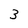
Character: 3